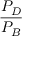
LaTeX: \frac { P _ { D } } { P _ { B } }